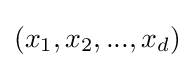
(x_{1},x_{2},...,x_{d})